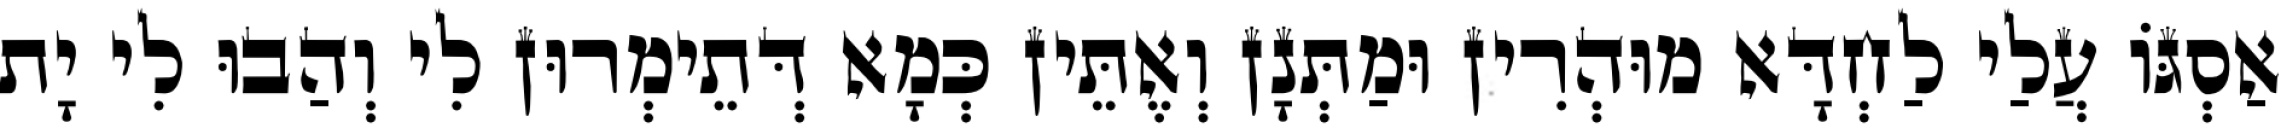
אַסְגּוֹ עֲלַי לַחְדָּא מוּהְרִין וּמַתְּנָן וְאֶתֵּין כְּמָא דְּתֵימְרוּן לִי וְהַבוּ לִי יָת